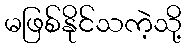
မဖြစ်နိုင်သကဲ့သို့